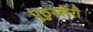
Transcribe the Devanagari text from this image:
पुठुस्सेरी